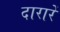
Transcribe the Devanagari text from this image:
दारारें